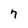
Character: 7